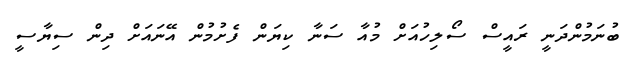
ބުނަމުންދަނީ ރައީސް ސޯލިހުއަށް މުއާ ސަނާ ކިޔަން ފެށުމުން އޭނައަށް ދިން ސިޔާސީ